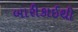
બારીકાઈથી